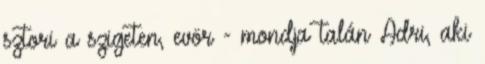
sztori a szigeten, evör - mondja talán Adri, aki